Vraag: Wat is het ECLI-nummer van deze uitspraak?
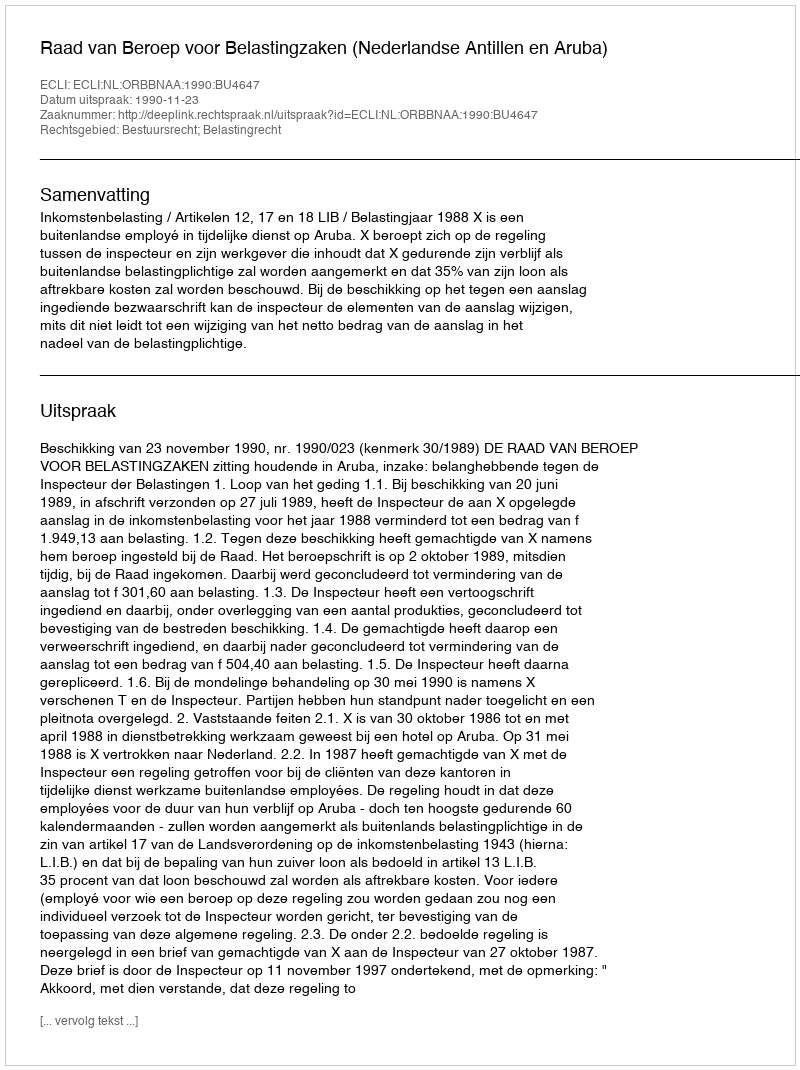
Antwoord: ECLI:NL:ORBBNAA:1990:BU4647